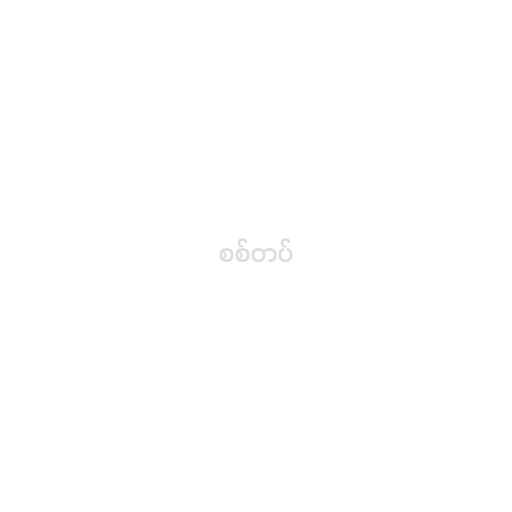
စစ်တပ်